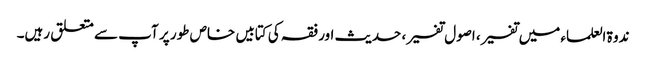
ندوۃ العلماء میں تفسیر، اصول تفسیر، حدیث اور فقہ کی کتابیں خاص طور پر آپ سے متعلق رہیں۔